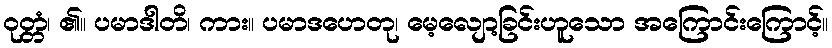
ဝုတ္တံ၊ ၏။ ပမာဒါတိ၊ ကား။ ပမာဒဟေတု၊ မေ့လျော့ခြင်းဟူသော အကြောင်းကြောင့်။